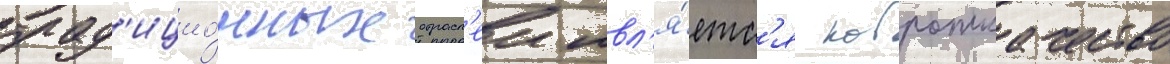
трад'ицио́нных отрасл'еи явл'я́етс'я ковроткачество